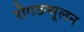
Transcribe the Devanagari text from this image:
रोगउन्मूलन